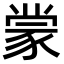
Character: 𫎇